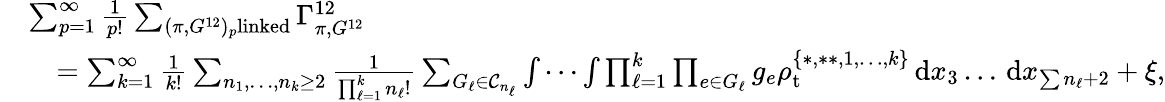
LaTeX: \begin{array}{rl}&{\sum_{p=1}^{\infty}\frac{1}{p!}\sum_{(\pi,G^{12})_{p}\textnormal{linked}}\Gamma_{\pi,G^{12}}^{12}}\\ &{\quad=\sum_{k=1}^{\infty}\frac{1}{k!}\sum_{n_{1},\ldots,n_{k}\geq 2}\frac{1}{\prod_{\ell=1}^{k}n_{\ell}!}\sum_{G_{\ell}\in\mathcal{C}_{n_{\ell}}}\idotsint\prod_{\ell=1}^{k}\prod_{e\in G_{\ell}}g_{e}\rho_{\mathrm{t}}^{\{ *,**,1,\ldots,k\} }\, \textnormal{d}x_{3}\ldots\, \textnormal{d}x_{\sum n_{\ell}+2}+\xi,}\end{array}